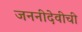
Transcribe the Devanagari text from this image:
जननीदेवीची